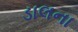
ડાલના